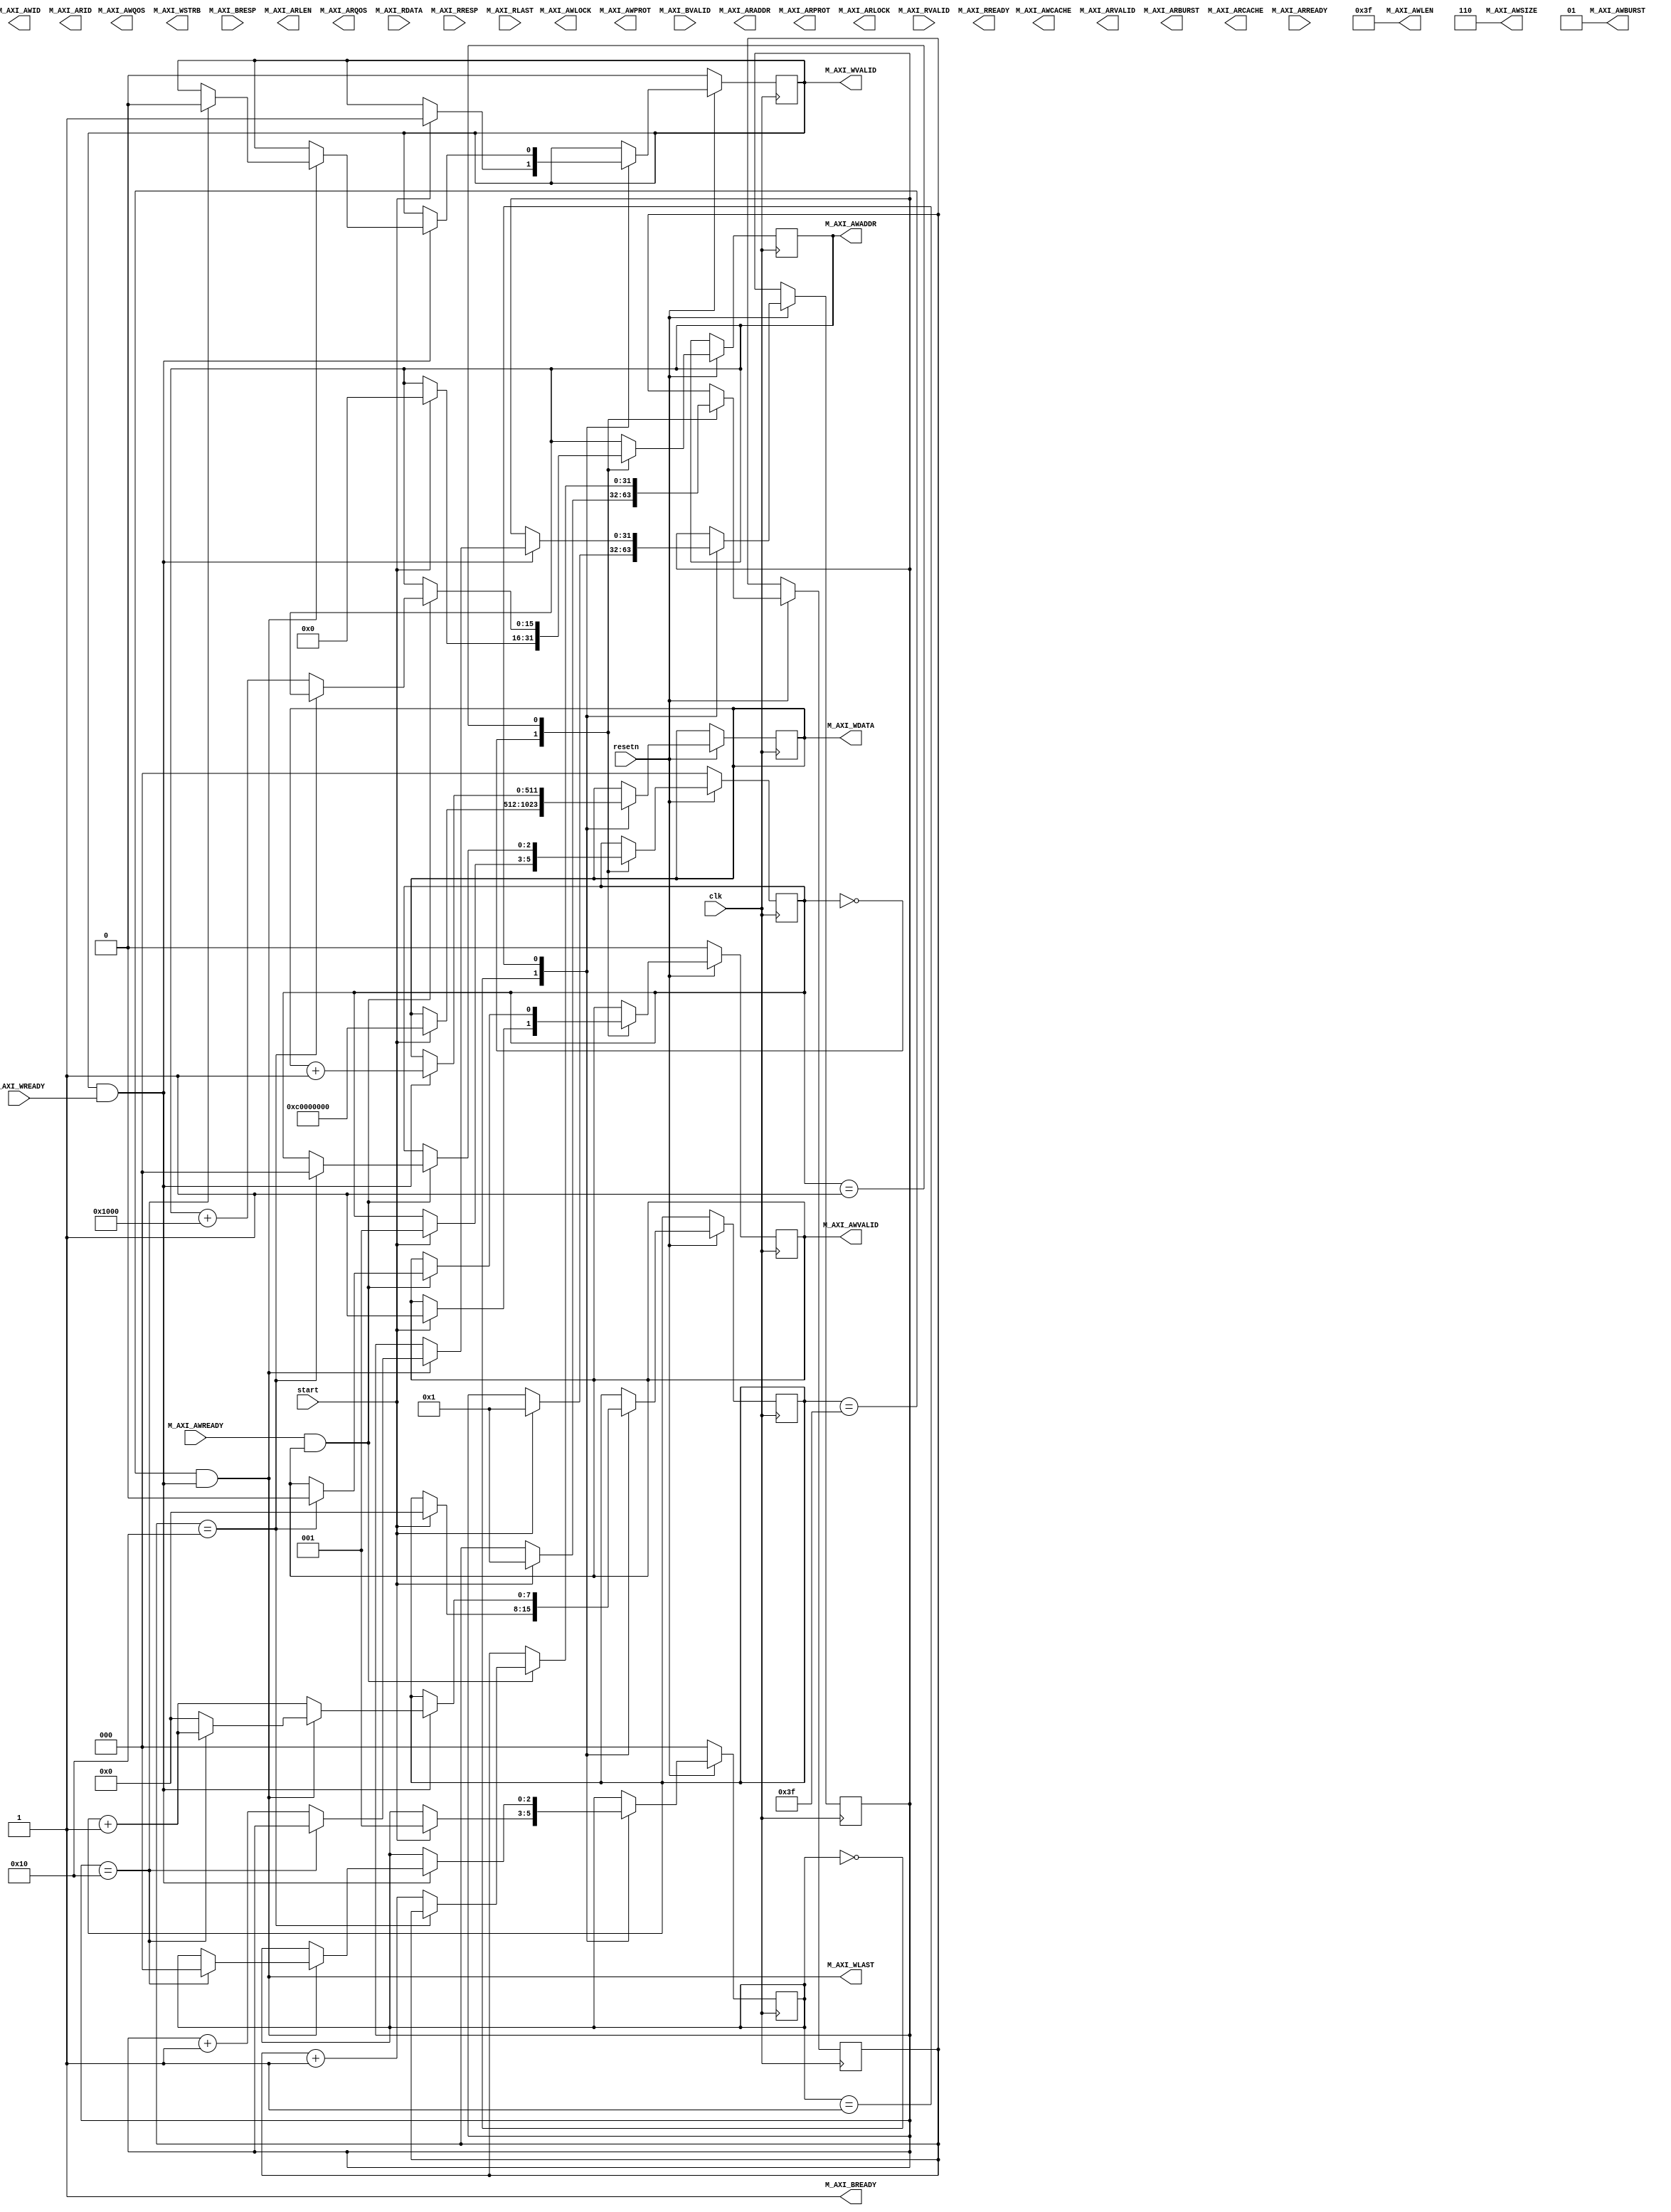
module fill_ram #
(

    parameter DW = 512,
    parameter AW = 16,
    parameter FIRST_DATA = 32'hC000_0000

)
(
    input   clk, resetn,

    input   start,

    //=================  This is the main AXI4-master interface  ================

    // "Specify write address"              -- Master --    -- Slave --
    output reg [AW-1:0]                     M_AXI_AWADDR,
    output reg                              M_AXI_AWVALID,
    output     [7:0]                        M_AXI_AWLEN,
    output     [2:0]                        M_AXI_AWSIZE,
    output     [3:0]                        M_AXI_AWID,
    output     [1:0]                        M_AXI_AWBURST,
    output                                  M_AXI_AWLOCK,
    output     [3:0]                        M_AXI_AWCACHE,
    output     [3:0]                        M_AXI_AWQOS,
    output     [2:0]                        M_AXI_AWPROT,

    input                                                   M_AXI_AWREADY,

    // "Write Data"                         -- Master --    -- Slave --
    output reg [DW-1:0]                     M_AXI_WDATA,
    output     [(DW/8)-1:0]                 M_AXI_WSTRB,
    output reg                              M_AXI_WVALID,
    output                                  M_AXI_WLAST,
    input                                                   M_AXI_WREADY,

    // "Send Write Response"                -- Master --    -- Slave --
    input[1:0]                                              M_AXI_BRESP,
    input                                                   M_AXI_BVALID,
    output                                  M_AXI_BREADY,

    // "Specify read address"               -- Master --    -- Slave --
    output[AW-1:0]                          M_AXI_ARADDR,
    output                                  M_AXI_ARVALID,
    output[2:0]                             M_AXI_ARPROT,
    output                                  M_AXI_ARLOCK,
    output[3:0]                             M_AXI_ARID,
    output[7:0]                             M_AXI_ARLEN,
    output[1:0]                             M_AXI_ARBURST,
    output[3:0]                             M_AXI_ARCACHE,
    output[3:0]                             M_AXI_ARQOS,
    input                                                   M_AXI_ARREADY,

    // "Read data back to master"           -- Master --    -- Slave --
    input[DW-1:0]                                           M_AXI_RDATA,
    input                                                   M_AXI_RVALID,
    input[1:0]                                              M_AXI_RRESP,
    input                                                   M_AXI_RLAST,
    output                                  M_AXI_RREADY
    //==========================================================================
);

localparam RAM_SIZE = 64 * 1024;
localparam BLOCK_SIZE = 4096;
localparam CYCLES_PER_BLOCK = BLOCK_SIZE / (DW/8);
localparam MAX_BLOCKS = RAM_SIZE / BLOCK_SIZE;

reg[2:0] awsm_state, wsm_state;


assign M_AXI_AWSIZE  = $clog2(DW/8);
assign M_AXI_AWLEN   = CYCLES_PER_BLOCK - 1;
assign M_AXI_AWBURST = 1;

reg[31:0] awsm_block_count;
always @(posedge clk) begin
    if (resetn == 0) begin
        awsm_state    <= 0;
        M_AXI_AWVALID <= 0;
    end else case (awsm_state)

        0:  if (start) begin
                M_AXI_AWADDR     <= 0;
                M_AXI_AWVALID    <= 1;
                awsm_block_count <= 1;
                awsm_state       <= 1;
            end

        1:  if (M_AXI_AWREADY & M_AXI_AWVALID) begin
                if (awsm_block_count == MAX_BLOCKS) begin
                    M_AXI_AWVALID    <= 0;
                    awsm_state       <= 0;
                end else begin
                    awsm_block_count <= awsm_block_count + 1;
                    M_AXI_AWADDR     <= M_AXI_AWADDR + BLOCK_SIZE;
                end
            end

    endcase

end


reg[31:0] data_counter;
reg[31:0] wsm_block_count;
reg[7:0]  beat;

assign M_AXI_WLAST = (beat == CYCLES_PER_BLOCK - 1) && M_AXI_WVALID & M_AXI_WREADY;

always @(posedge clk) begin
    
    if (resetn == 0) begin
        wsm_state    <= 0;
        M_AXI_WVALID <= 0;
    end else case (wsm_state)

        0:  if (start) begin
                beat            <= 0;
                M_AXI_WDATA     <= FIRST_DATA;
                M_AXI_WVALID    <= 1;
                wsm_block_count <= 1;
                wsm_state       <= 1;
            end


        1:  if (M_AXI_WREADY & M_AXI_WVALID) begin
                M_AXI_WDATA <= M_AXI_WDATA + 1;
                beat        <= beat + 1;
                if (M_AXI_WLAST) begin
                    if (wsm_block_count == MAX_BLOCKS) begin
                        M_AXI_WVALID <= 0;
                        wsm_state    <= 0;
                    end else begin
                        beat            <= 0;
                        wsm_block_count <= wsm_block_count + 1;
                    end
                end
            end

    endcase

end











assign M_AXI_BREADY = 1;

endmodule